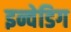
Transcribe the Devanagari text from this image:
इन्वेडिग